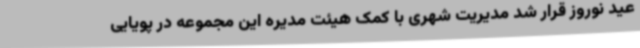
عید نوروز قرار شد مدیریت شهری با کمک هیئت مدیره این مجموعه در پویایی